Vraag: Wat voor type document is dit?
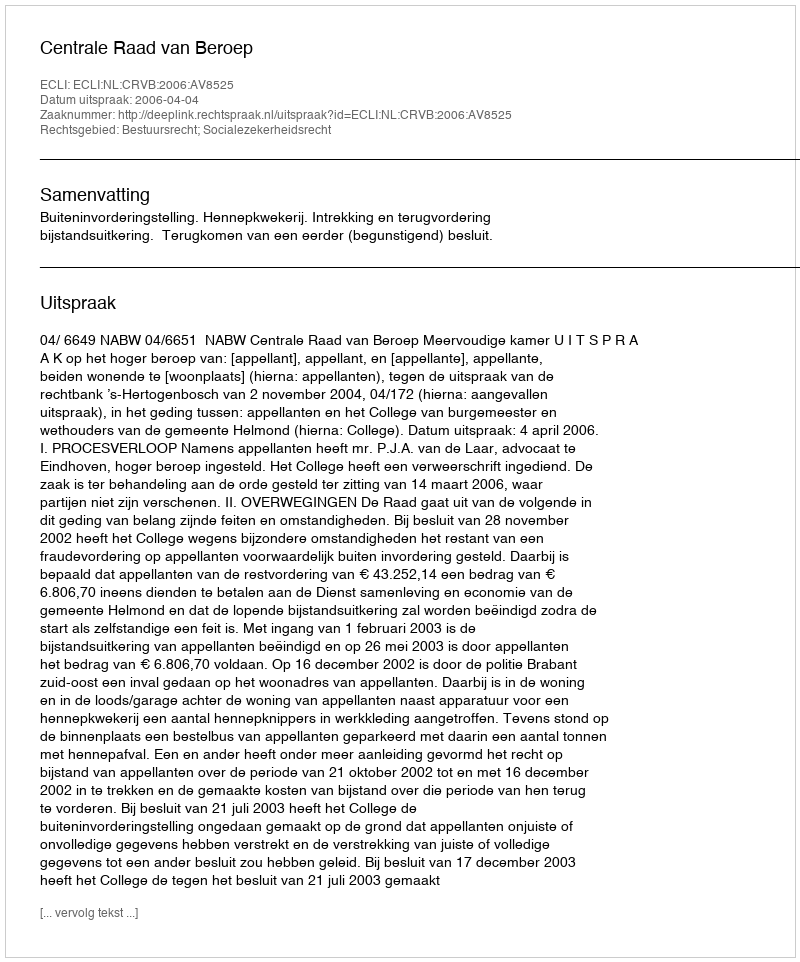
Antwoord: Uitspraak